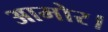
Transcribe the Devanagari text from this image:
आमोर।